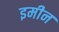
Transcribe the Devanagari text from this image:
इमीन